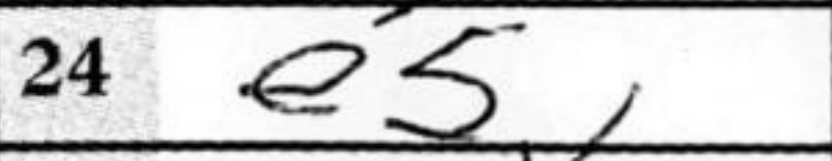
Transcription: e5